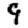
Digit: 9